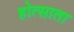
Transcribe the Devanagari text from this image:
होत्साता